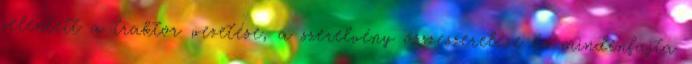
jelentett a traktor vezetése, a szerelvény összeszerelése és mindenfajta